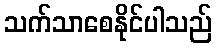
သက်သာစေနိုင်ပါသည်